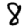
Digit: 8